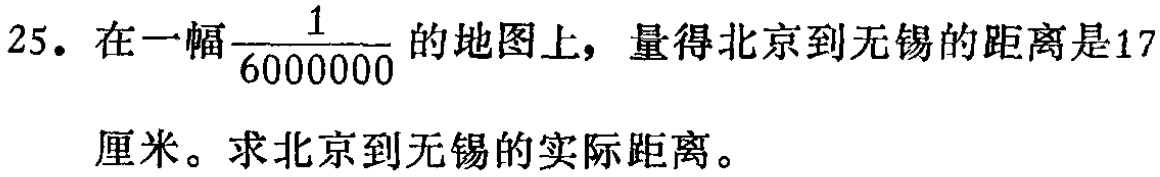
25. 在一幅$\frac{1}{6000000}$的地图上，量得北京到无锡的距离是17厘米。求北京到无锡的实际距离。